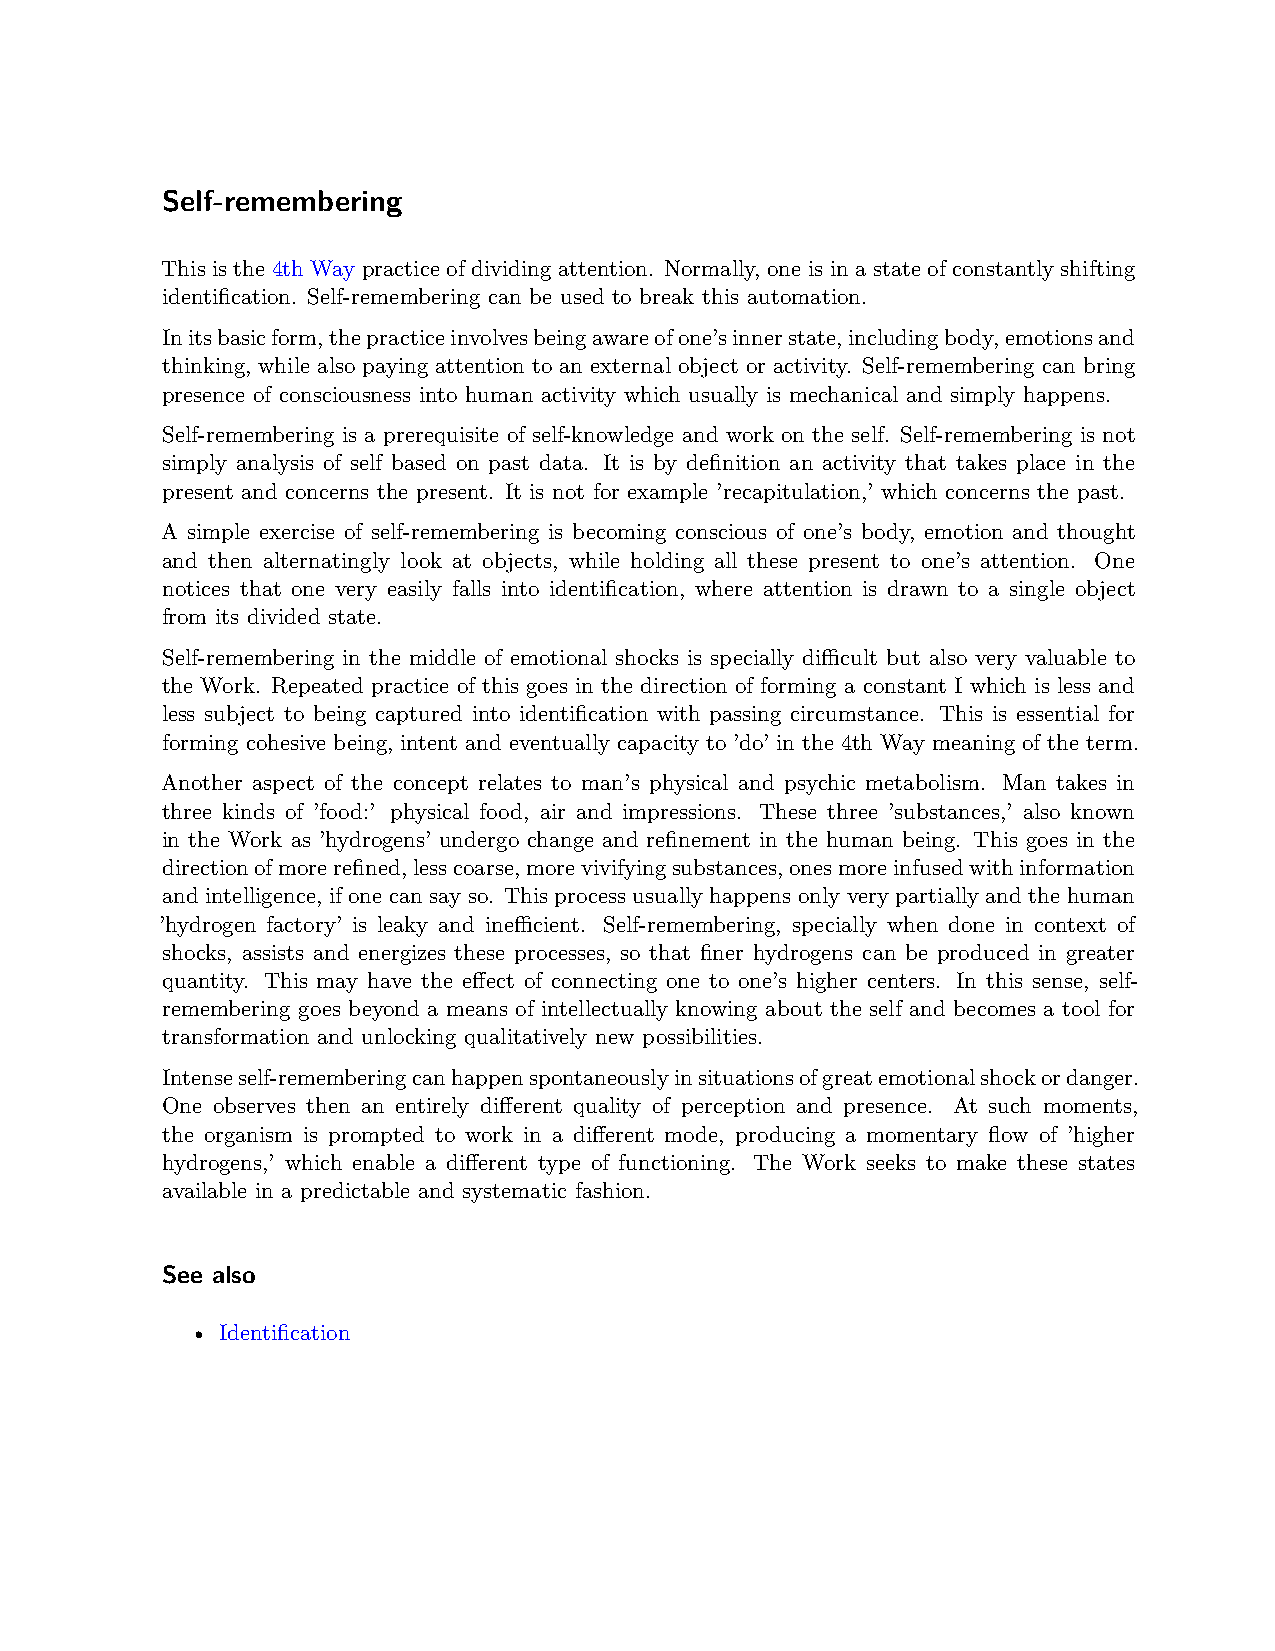
Self-remembering
 This is the 4th Way practice of dividing attention. Normally, one is in a state of constantly shifting
 identification. Self-remembering can be used to break this automation.
 Initsbasicform,thepracticeinvolvesbeingawareofone’sinnerstate,includingbody,emotionsand
 thinking, while also paying attention to an external object or activity. Self-remembering can bring
 presence of consciousness into human activity which usually is mechanical and simply happens.
 Self-remembering is a prerequisite of self-knowledge and work on the self. Self-remembering is not
 simply analysis of self based on past data. It is by definition an activity that takes place in the
 present and concerns the present. It is not for example ’recapitulation,’ which concerns the past.
 A simple exercise of self-remembering is becoming conscious of one’s body, emotion and thought
 and then alternatingly look at objects, while holding all these present to one’s attention. One
 notices that one very easily falls into identification, where attention is drawn to a single object
 from its divided state.
 Self-remembering in the middle of emotional shocks is specially diﬀicult but also very valuable to
 the Work. Repeated practice of this goes in the direction of forming a constant I which is less and
 less subject to being captured into identification with passing circumstance. This is essential for
 forming cohesive being, intent and eventually capacity to ’do’ in the 4th Way meaning of the term.
 Another aspect of the concept relates to man’s physical and psychic metabolism. Man takes in
 three kinds of ’food:’ physical food, air and impressions. These three ’substances,’ also known
 in the Work as ’hydrogens’ undergo change and refinement in the human being. This goes in the
 directionofmorerefined,lesscoarse,morevivifyingsubstances,onesmoreinfusedwithinformation
 and intelligence, if one can say so. This process usually happens only very partially and the human
 ’hydrogen factory’ is leaky and ineﬀicient. Self-remembering, specially when done in context of
 shocks, assists and energizes these processes, so that finer hydrogens can be produced in greater
 quantity. This may have the effect of connecting one to one’s higher centers. In this sense, self-
 remembering goes beyond a means of intellectually knowing about the self and becomes a tool for
 transformation and unlocking qualitatively new possibilities.
 Intenseself-rememberingcanhappenspontaneouslyinsituationsofgreatemotionalshockordanger.
 One observes then an entirely different quality of perception and presence. At such moments,
 the organism is prompted to work in a different mode, producing a momentary flow of ’higher
 hydrogens,’ which enable a different type of functioning. The Work seeks to make these states
 available in a predictable and systematic fashion.
 See also
 • Identification